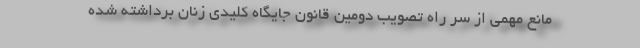
مانع مهمی از سر راه تصویب دومین قانون جایگاه کلیدی زنان برداشته شده